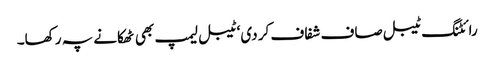
رائٹنگ ٹیبل صاف شفاف کر دی‘ ٹیبل لیمپ بھی ٹھکانے پہ رکھا۔